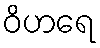
ဝိဟရေ